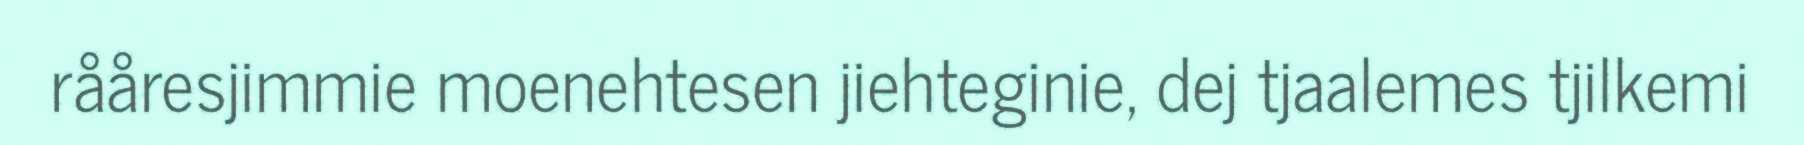
rååresjimmie moenehtesen jiehteginie, dej tjaalemes tjilkemi